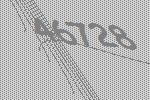
46728